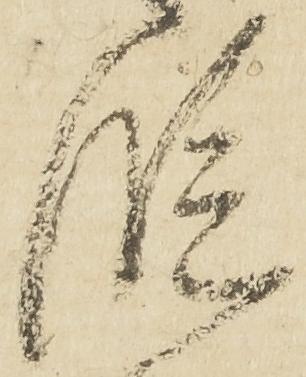
段